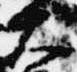
大